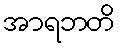
အာရဘတိ